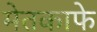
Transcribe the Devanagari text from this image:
मेतकाफे